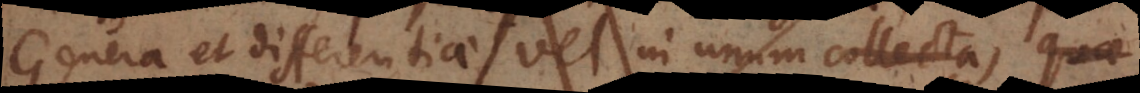
Genera et differentiae vel in unum collecta, quae